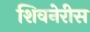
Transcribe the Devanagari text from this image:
शिवनेरीस